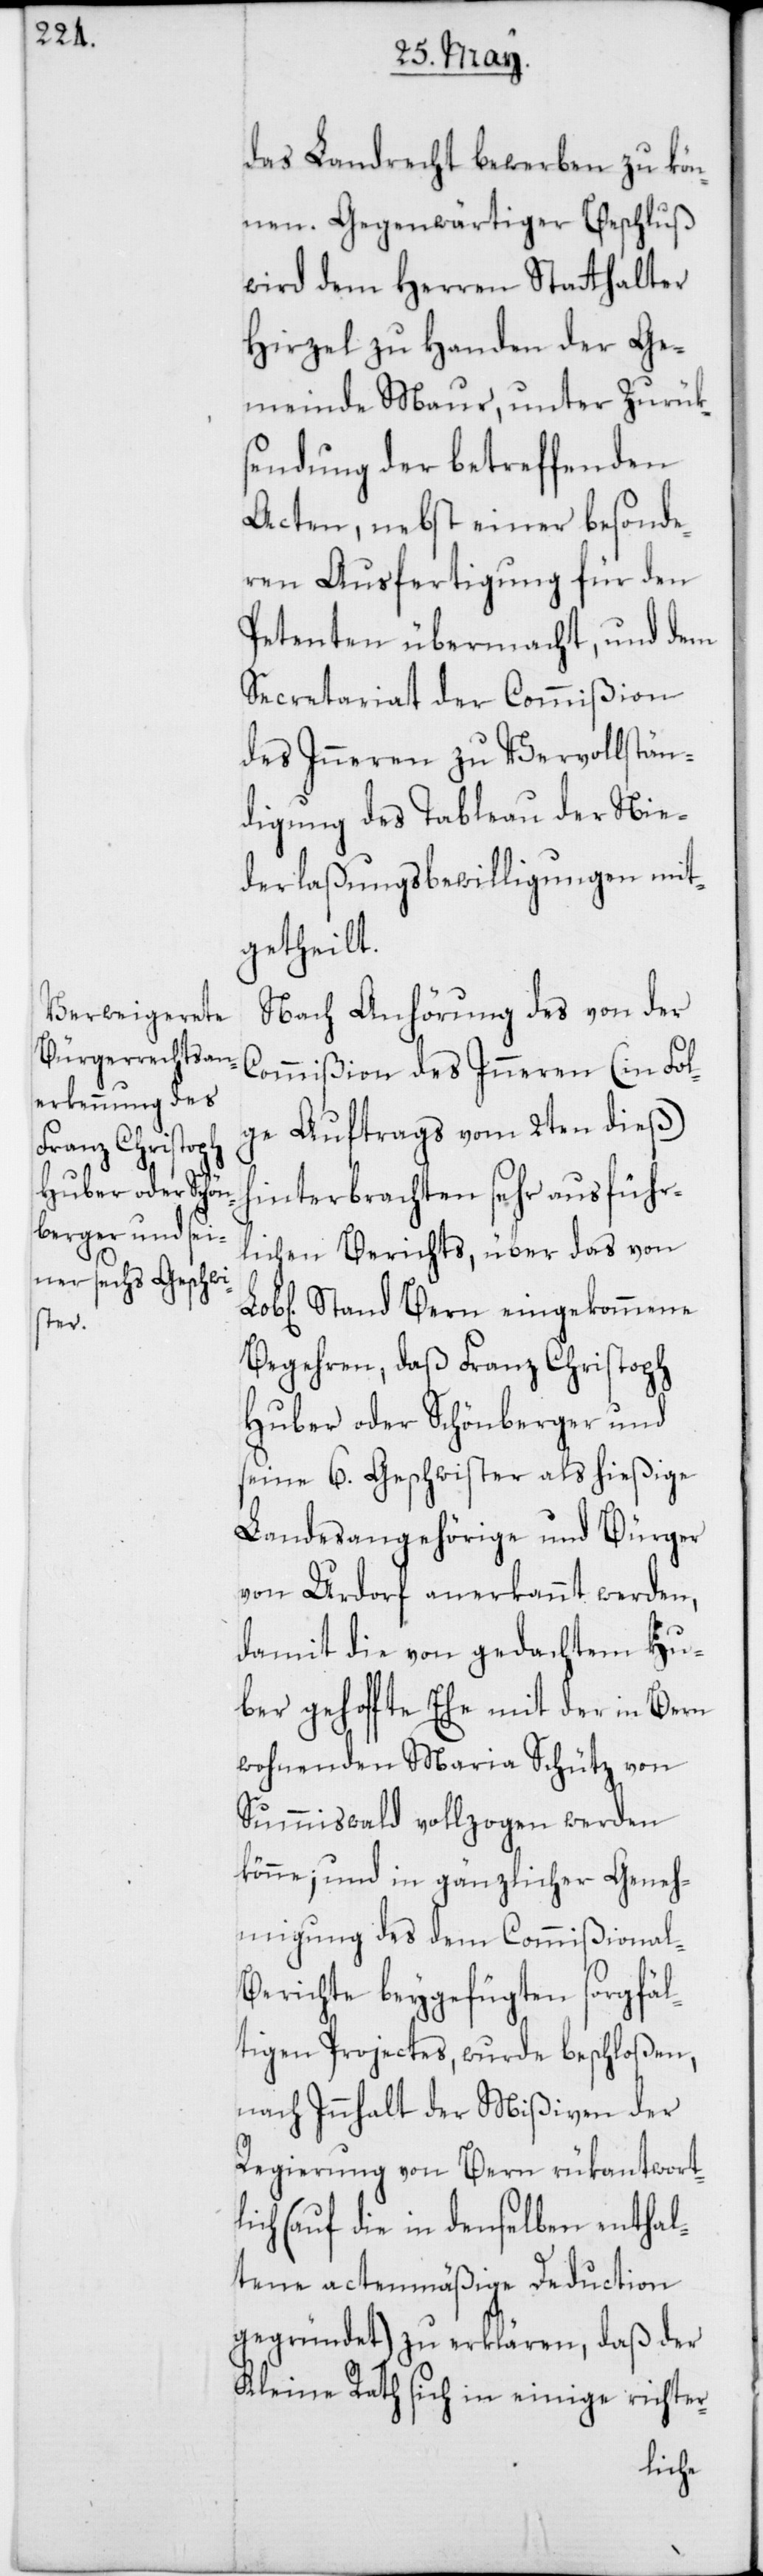
nen.

das Landrecht bewerben zu kön¬
Gegenwärtiger Beschluß
wird dem Herren Stathalter
Hirzel zu Handen der Ge¬
meinde Maur, unter Zurüks¬
endung der betreffenden
Acten, nebst einer besonde¬
ren Ausfertigung für den
Petenten übermacht, und dem
Secretariat der Commißion
des Inneren zu Vervollstän¬
digung des Tableau der Nie¬
derlaßungs-Bewilligungen mit¬
getheilt.
Nach Anhörung des von der
Commißion des Inneren (in Fol¬
ge Auftrags vom 2ten dieß)
hinterbrachten sehr ausführ¬
lichen Berichts, über das von
Stand Bern eingekommene
Begehren, daß Franz Chistoph
Huber oder Schönberger und
seine 6. Geschwister als hießige
Landesangehörige und Bürger
von Urdorf anerkannt werden,
damit die von gedachtem Hu¬
ber gehoffte Ehe mit der in Bern
wohnenden Maria Schütz von
Summiswald vollzogen werden
könne; und in gänzlicher Geneh¬
migung des dem Commißional-B¬
erichte beygefügten sorgfäl¬
tigen Projectes, wurde beschloßen,
nach Innhalt der Mißiven der
Regierung von Bern rükantwort¬
lich (auf die in denselben enthal¬
tene actenmäßige Deduction
gegründet) zu erklären, daß der
Kleine Rath sich in einige richter-